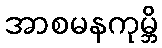
အာစမနကုမ္ဘိ